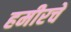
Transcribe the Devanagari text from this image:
हमीरचे